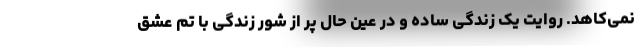
نمی‌کاهد. روایت یک زندگی ساده و در عین حال پر از شور زندگی با تم عشق